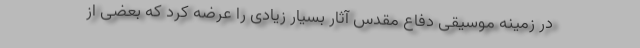
در زمینه موسیقی دفاع مقدس آثار بسیار زیادی را عرضه کرد که بعضی از